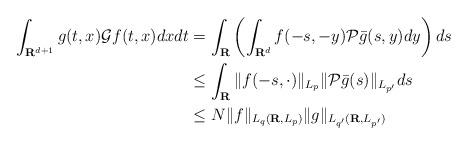
LaTeX: \begin{align*}\int_{\mathbf{R}^{d+1}}g(t,x)\mathcal{G}f(t,x)dxdt &=\int_{\mathbf{R}}\left(\int_{\mathbf{R}^{d}}f(-s,-y)\mathcal{P}\bar{g}(s,y)dy\right)ds \\&\leq \int_{\mathbf{R}}\|f(-s,\cdot)\|_{L_{p}}\|\mathcal{P}\bar{g}(s)\|_{L_{p'}}ds\\&\leq N\|f\|_{L_{q}(\mathbf{R},L_{p})}\|g\|_{L_{q'}(\mathbf{R},L_{p'})}\end{align*}